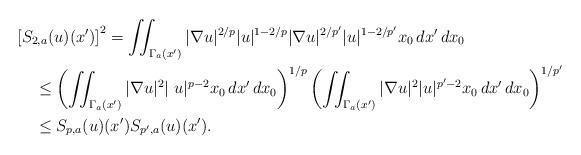
LaTeX: \begin{align*}&\hskip-5mm\left[S_{2,a}(u)(x')\right]^2=\iint_{\Gamma_a(x')}|\nabla u|^{2/p}| u|^{1-2/p}|\nabla u|^{2/p'}| u|^{1-2/p'}x_0\,dx'\,dx_0\\&\le \left(\iint_{\Gamma_a(x')}|\nabla u|^2|\ u|^{p-2}x_0\,dx'\,dx_0\right)^{1/p}\left(\iint_{\Gamma_a(x')}|\nabla u|^2| u|^{p'-2}x_0\,dx'\,dx_0\right)^{1/p'}\\ &\le S_{p,a}(u)(x')S_{p',a}(u)(x').\end{align*}